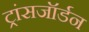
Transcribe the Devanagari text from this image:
ट्रांसजॉर्डन